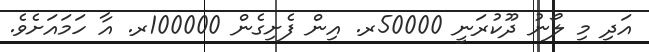
އަދި މި ލޯނު ދޫކުރަނީ 50000ރ. އިން ފެށިގެން 100000ރ. އާ ހަމައަށެވެ.